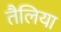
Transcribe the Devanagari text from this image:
तैलिया